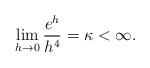
LaTeX: \begin{align*}\lim_{h\rightarrow 0}\frac{e^h}{h^4}=\kappa<\infty.\end{align*}